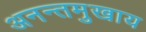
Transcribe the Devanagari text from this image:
अनन्तमुखाय